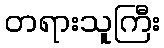
တရားသူကြီး